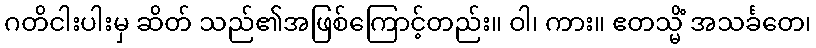
ဂတိငါးပါးမှ ဆိတ် သည်၏အဖြစ်ကြောင့်တည်း။ ဝါ၊ ကား။ ဧတသ္မိံ အသင်္ခတေ၊